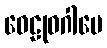
ဝေဠုဝဂါမေ